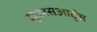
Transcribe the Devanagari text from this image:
लूकासआर्ट्स